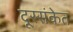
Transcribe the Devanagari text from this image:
दूरसंकेत